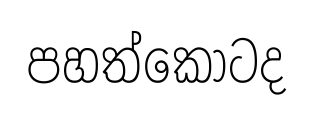
පහත්කොටද